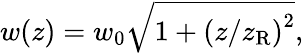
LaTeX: w(z)=w_{0}\sqrt{1+\left(z/z_{\mathrm{R}}\right)^{2}},